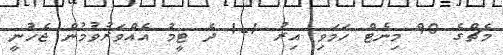
މެޗްގެ 90 މިނެޓް ހަމަވި އިރު 1-1 ދެ ޓީމު އެއްވަރުވުމުން ޖެހުނީ